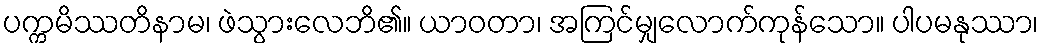
ပက္ကမိဿတိနာမ၊ ဖဲသွားလေဘိ၏။ ယာဝတာ၊ အကြင်မျှလောက်ကုန်သော။ ပါပမနုဿာ၊